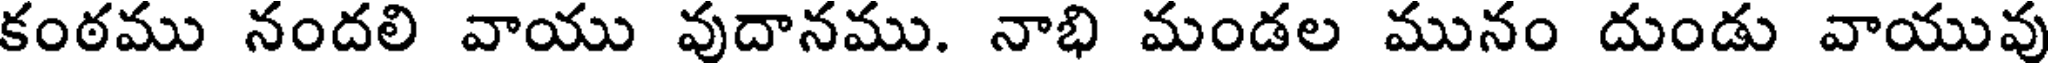
కంఠము నందలి వాయు వుదానము. నాభి మండల మునం దుండు వాయువు